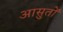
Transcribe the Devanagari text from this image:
आसुतों